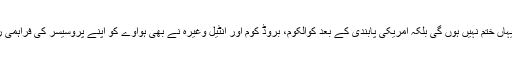
ہواوے کمپنی کی مشکل یہاں ختم نہیں ہوں گی بلکہ امریکی پابندی کے بعد کوالکوم، بروڈ کوم اور انٹیل وغیرہ نے بھی ہواوے کو اپنے پروسیسر کی فراہمی روکنے کا فیصلہ کیا ہے۔